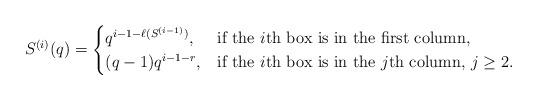
LaTeX: \begin{align*}S^{(i)}(q) = \begin{cases}q^{i-1-\ell(S^{(i-1)})}, & \hbox{if the $i$th box is in the first column,}\\(q-1)q^{i-1-r}, & \hbox{if the $i$th box is in the $j$th column, $j\geq2$.}\end{cases}\end{align*}